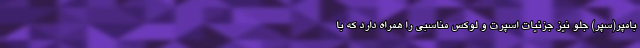
بامپر(سپر) جلو نیز جزئیات اسپرت و لوکس مناسبی را همراه دارد که با